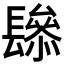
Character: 𨲱